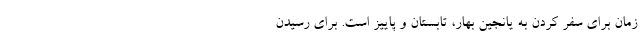
زمان برای سفر کردن به یانجین بهار، تابستان و پاییز است. برای رسیدن